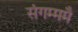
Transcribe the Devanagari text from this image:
संगम्ममै